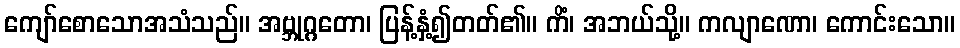
ကျော်စောသောအသံသည်။ အဗ္ဘုဂ္ဂတော၊ ပြန့်နှံ့၍တတ်၏။ ကိံ၊ အဘယ်သို့။ ကလျာဏော၊ ကောင်းသော။